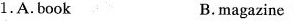
1.A.Book B.magazine